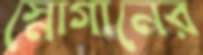
স্লোগানের